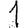
Digit: 1